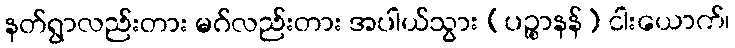
နတ်ရွာလည်းတား မဂ်လည်းတား အပါယ်သွား (ပဉ္စာနန်) ငါးယောက်၊